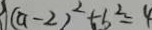
( a - 2 ) ^ { 2 } + b ^ { 2 } = 4